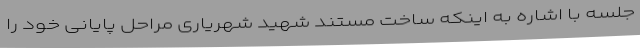
جلسه با اشاره به اینکه ساخت مستند شهید شهریاری مراحل پایانی خود را